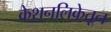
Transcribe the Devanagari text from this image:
केशनलिकेतून